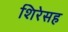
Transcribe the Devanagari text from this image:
शिरेसह